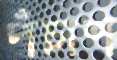
পঁচাশ